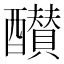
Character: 𨣵